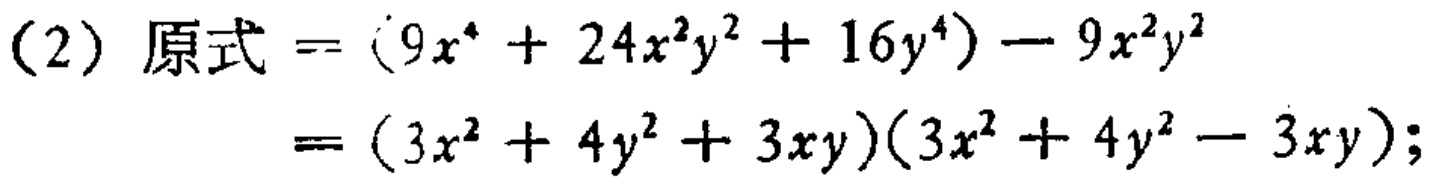
(2) 原式 \(=(9x^{4}+24x^{2}y^{2}+16y^{4}) - 9x^{2}y^{2}\)

\(=(3x^{2}+4y^{2}+3xy)(3x^{2}+4y^{2}-3xy)\);